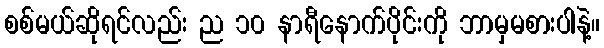
စစ်မယ်ဆိုရင်လည်း ည ၁၀ နာရီနောက်ပိုင်းကို ဘာမှမစားပါနဲ့။